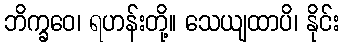
ဘိက္ခဝေ၊ ရဟန်းတို့။ သေယျထာပိ၊ နိုင်း